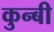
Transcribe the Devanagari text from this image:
कुन्बी